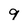
Character: 9